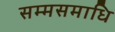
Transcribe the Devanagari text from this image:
सम्मसमाधि